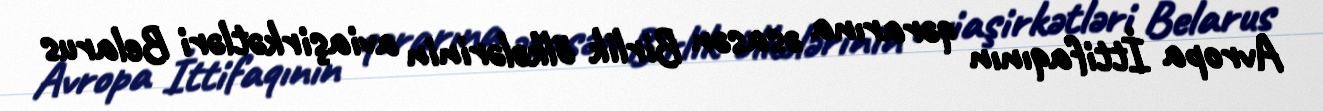
Avropa İttifaqının qərarına əsasən Birlik ölkələrinin aviaşirkətləri Belarus